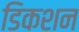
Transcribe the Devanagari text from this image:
डिकशन